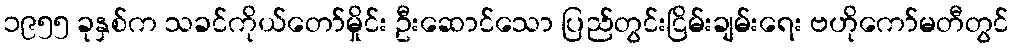
၁၉၅၅ ခုနှစ်က သခင်ကိုယ်တော်မှိုင်း ဦးဆောင်သော ပြည်တွင်းငြိမ်းချမ်းရေး ဗဟိုကော်မတီတွင်